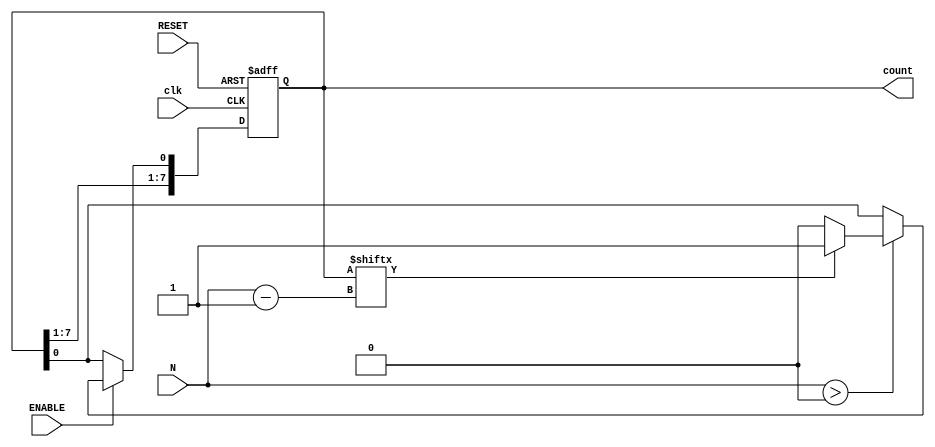
module variable_length_ring_counter #(
    parameter MAX_LENGTH = 8  // Maximum length of the counter
)(
    input wire clk,            // Clock signal
    input wire RESET,          // Asynchronous reset signal
    input wire ENABLE,         // Enable signal to start counting
    input wire [3:0] N,        // Variable length of the counter (0 < N <= MAX_LENGTH)
    output reg [MAX_LENGTH-1:0] count // Output states of the flip-flops
);

    // Internal signal to keep track of the active length
    reg [MAX_LENGTH-1:0] next_count;

    always @(posedge clk or posedge RESET) begin
        if (RESET) begin
            // Initialize the counter on reset
            count <= 0;
            count[0] <= 1; // Set the first flip-flop to 1
        end else if (ENABLE) begin
            // Shift the '1' through the flip-flops
            next_count = count;
            if (N > 0) begin
                // Shift logic for the active length N
                next_count = {count[MAX_LENGTH-1:1], count[0]};
                if (count[N-1] == 1'b1) begin
                    next_count[0] = 1'b1; // Wrap around
                end else begin
                    next_count[0] = 1'b0; // Reset the first flip-flop if not wrapping
                end
            end
            // Update the count
            count <= next_count;
        end
    end

endmodule